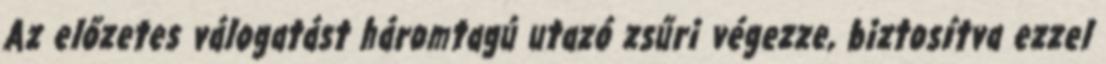
Az előzetes válogatást háromtagú utazó zsűri végezze, biztosítva ezzel